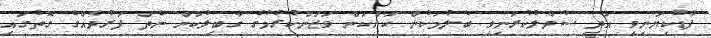
ފާޑުކިޔަނިވި އަދި ސުވާލުކުރަނިވި ބެލުމަކުން ކަންކަން ވަޒަންކުރުމުގެ ގާބިލުކަން ނެތް ފަރުދެއްގެ ގޮތުގައި